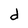
Character: d